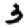
Digit: 3